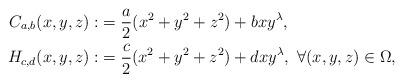
LaTeX: \begin{align*}C_{a,b}(x,y,z):&=\dfrac{a}{2}(x^2 +y^2+ z^2)+b xy^{\lambda},\\H_{c,d}(x,y,z):&=\dfrac{c}{2}(x^2 +y^2 +z^2)+d xy^{\lambda}, ~ \forall (x,y,z)\in\Omega,\end{align*}